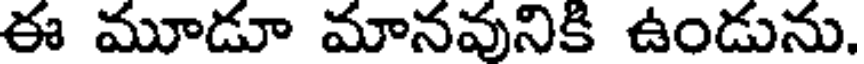
ఈ మూడూ మానవునికి ఉండును.